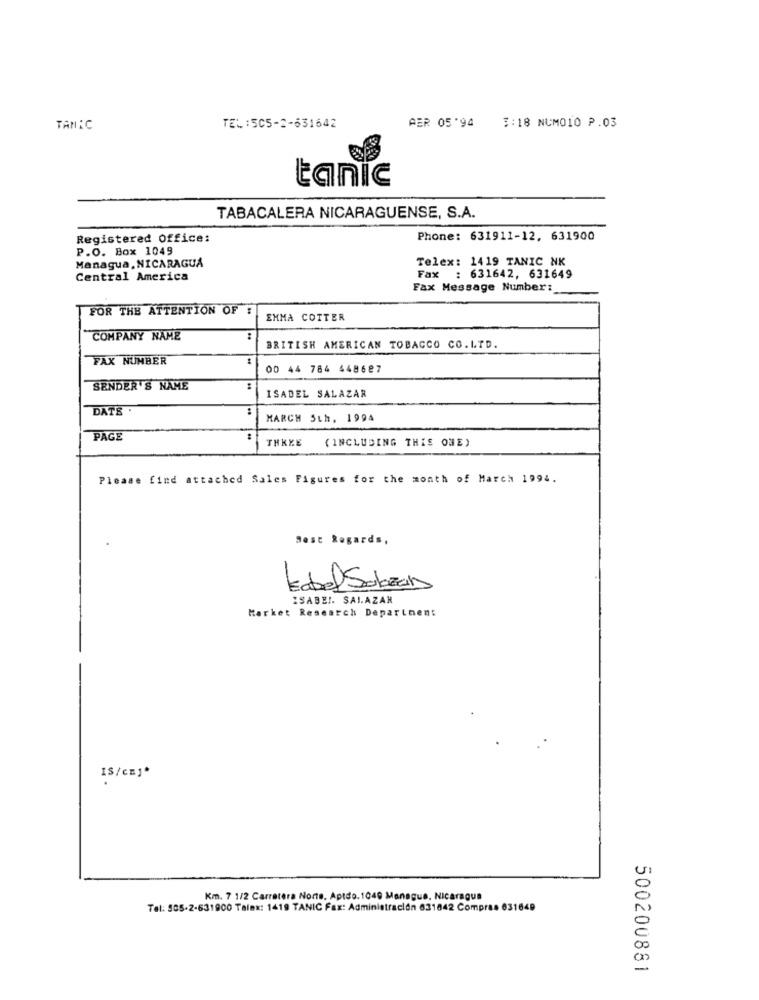
AER 05'94 3:18 NUM010 P.03
TANEC
TEL:505-2-631642
tanic
TABACALERA NICARAGUENSE, S.A.
Registered Office:
Phone: 631911-12, 631900
P.O. Box 1049
Managua, NICARAGUA
Telex: 1419 TANIC NK
Central America
Fax : 631642, 631649
Fax Message Number:
FOR THE ATTENTION OF :
EMMA COTTER
COMPANY NAME
:
BRITISH AMERICAN TOBACCO CO.LTD.
FAX NUMBER
1
OD 44 784 448687
SENDER'S NAME
:
ISADEL SALAZAR
DATS .
:
MARCH 5th. 1994
PAGE
THREE
(INCLUDING THIS ONE)
Please find attached Sales Figures for the month of March 1994.
Best Regards,
tabel Sobre
ISABEL. SALAZAR
Market Research Department
IS/cmj*
Km. 7 1/2 Carretera Norte. Aptdo.1040 Managua, Nicaragua
Tel: 505-2-631900 Talex: 1419 TANIC Fax: Administración 631842 Compras 631649
500200881